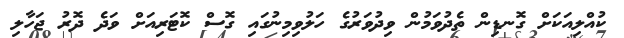
ކުއްލިއަކަށް ގޮނޑިން ތެދުވަމުން ވިދުވަރުގެ ހަލުވިމިނުގައި ގޮސް ކޮޓަރިއަށް ވަދެ ދޮރު ޖަހާލި